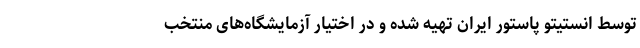
توسط انستیتو پاستور ایران تهیه شده و در اختیار آزمایشگاه‌های منتخب